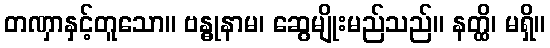
တဏှာနှင့်တူသော။ ဗန္ဓုနာမ၊ ဆွေမျိုးမည်သည်။ နတ္ထိ၊ မရှိ။